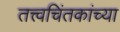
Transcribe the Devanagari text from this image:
तत्त्वचिंतकांच्या